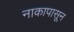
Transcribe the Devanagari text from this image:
नाकापासून